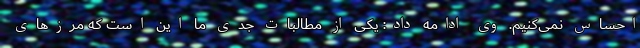
احساس نمی‌کنیم. وی ادامه داد: یکی از مطالبات جدی ما این است که مرزهای